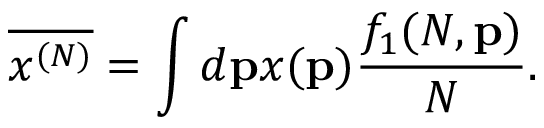
\overline { { { x ^ { ( N ) } } } } = \int d { \bf p } x ( { \bf p } ) \frac { f _ { 1 } ( N , { \bf p } ) } { N } .